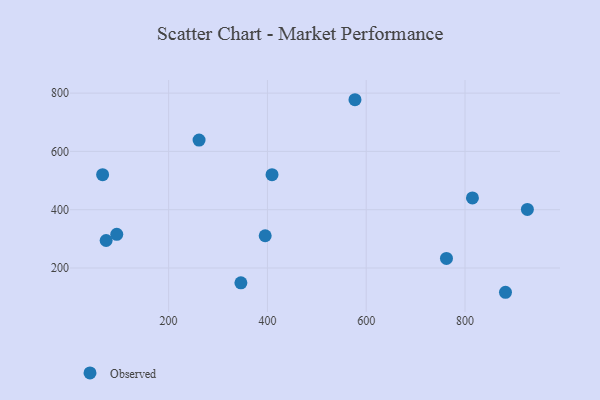
{"axis": {"x": "Engine Size", "y": "Rating"}, "legend": ["Observed"], "data": [{"x": "815.0", "y": 440.3, "type": "Observed"}, {"x": "577.2", "y": 777.3, "type": "Observed"}, {"x": "762.4", "y": 233.0, "type": "Observed"}, {"x": "881.9", "y": 116.7, "type": "Observed"}, {"x": "66.4", "y": 520.3, "type": "Observed"}, {"x": "73.5", "y": 294.4, "type": "Observed"}, {"x": "926.2", "y": 401.1, "type": "Observed"}, {"x": "346.3", "y": 149.0, "type": "Observed"}, {"x": "95.0", "y": 315.6, "type": "Observed"}, {"x": "409.3", "y": 520.3, "type": "Observed"}, {"x": "395.5", "y": 310.7, "type": "Observed"}, {"x": "261.6", "y": 639.0, "type": "Observed"}]}